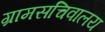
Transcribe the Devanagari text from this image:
ग्रामसचिवालय